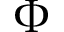
\Phi